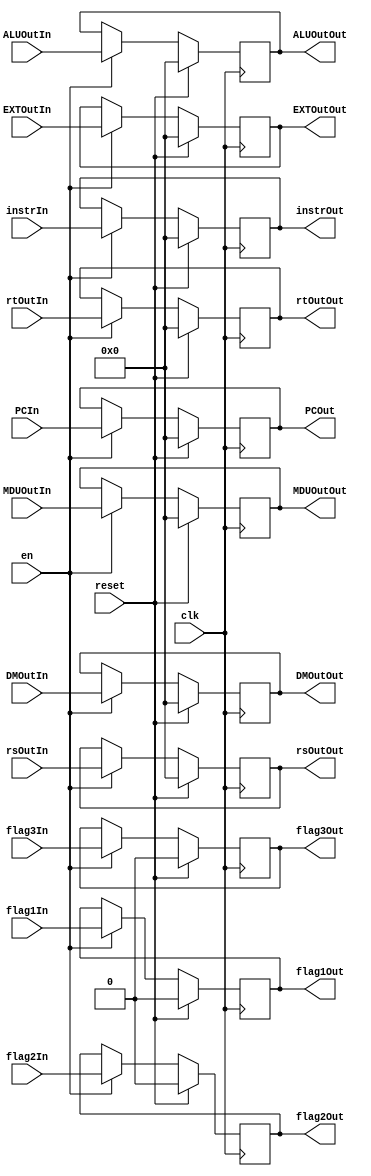
`timescale 1ns / 1ps

module WREG (
    input clk,
    input reset,
    input en,
    input [31:0] instrIn,
    input [31:0] PCIn,
    input [31:0] ALUOutIn,
    input [31:0] DMOutIn,
	input [31:0] EXTOutIn,
	input [31:0] rsOutIn,
	input [31:0] rtOutIn,
	input [31:0] MDUOutIn,
	input flag1In,
	input flag2In,
	input flag3In,
    output reg [31:0] instrOut,
    output reg [31:0] PCOut,
    output reg [31:0] ALUOutOut,
    output reg [31:0] DMOutOut,
	output reg [31:0] EXTOutOut,
	output reg [31:0] rsOutOut,
	output reg [31:0] rtOutOut,
	output reg [31:0] MDUOutOut,
	output reg flag1Out,
	output reg flag2Out,
	output reg flag3Out
);

	initial begin
		instrOut <= 0;
		PCOut <= 0;
		ALUOutOut <= 0;
		DMOutOut <= 0;
		EXTOutOut <= 0;
		rsOutOut <= 0;
		rtOutOut <= 0;
		MDUOutOut <= 0;
		flag1Out <= 0;
		flag2Out <= 0;
		flag3Out <= 0;
	end

    always @(posedge clk) begin
        if (reset) begin
            instrOut <= 0;
            PCOut <= 0;
            ALUOutOut <= 0;
            DMOutOut <= 0;
			EXTOutOut <= 0;
			rsOutOut <= 0;
			rtOutOut <= 0;
			MDUOutOut <= 0;
			flag1Out <= 0;
			flag2Out <= 0;
			flag3Out <= 0;
        end else if(en) begin
            instrOut <= instrIn;
            PCOut <= PCIn;
            ALUOutOut <= ALUOutIn;
            DMOutOut <= DMOutIn;
			EXTOutOut <= EXTOutIn;
			rsOutOut <= rsOutIn;
			rtOutOut <= rtOutIn;
			MDUOutOut <= MDUOutIn;
			flag1Out <= flag1In;
			flag2Out <= flag2In;
			flag3Out <= flag3In;
        end
    end

endmodule